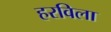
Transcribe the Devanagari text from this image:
हरविला